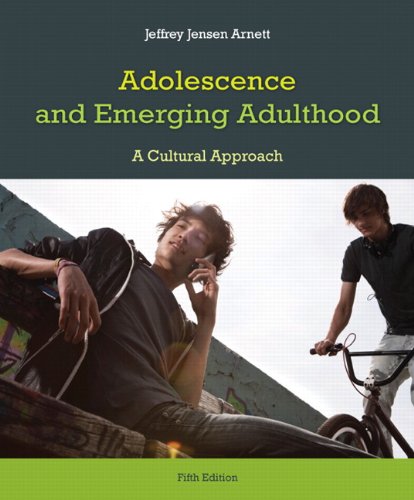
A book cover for Adolescence and Emerging Adulthood (5th Edition); Jeffrey J. Arnett; Parenting & Relationships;